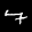
Label: 7